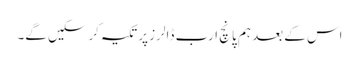
اس کے بعد ہم پانچ ارب ڈالرز پر تکیہ کرسکیں گے۔